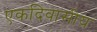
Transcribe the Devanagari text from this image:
एकदिवासीय